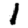
Digit: 1